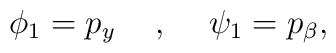
\phi_1=p_y\hspace{5mm},\hspace{5mm}\psi_1=p_\beta,